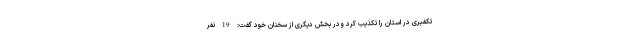
تکفیری در استان را تکذیب کرد ودر بخش دیگری از سخنان خود گفت: 19 نفر